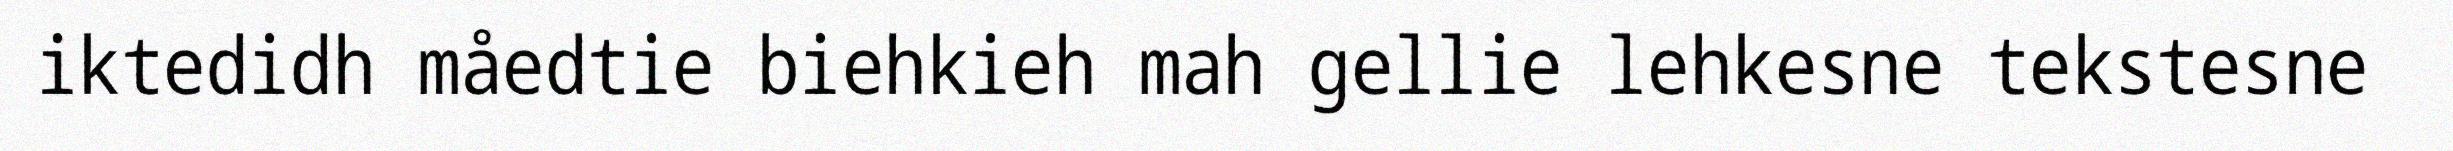
iktedidh måedtie biehkieh mah gellie lehkesne tekstesne